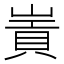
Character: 𡻃